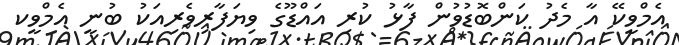
އެމްވީކޭ އާ މެދު ކަންބޮޑުވުން ފާޅު ކުރި އައްޑޫގެ ވިޔަފާރިވެރިއަކު ބުނީ އެމްވީކ